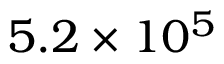
5 . 2 \times 1 0 ^ { 5 }